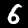
Digit: 6